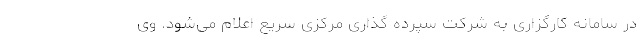
در سامانه کارگزاری به شرکت سپرده گذاری مرکزی سریع اعلام می‌شود. وی